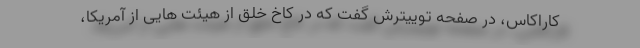
کاراکاس، در صفحه توییترش گفت که در کاخ خلق از هیئت هایی از آمریکا،